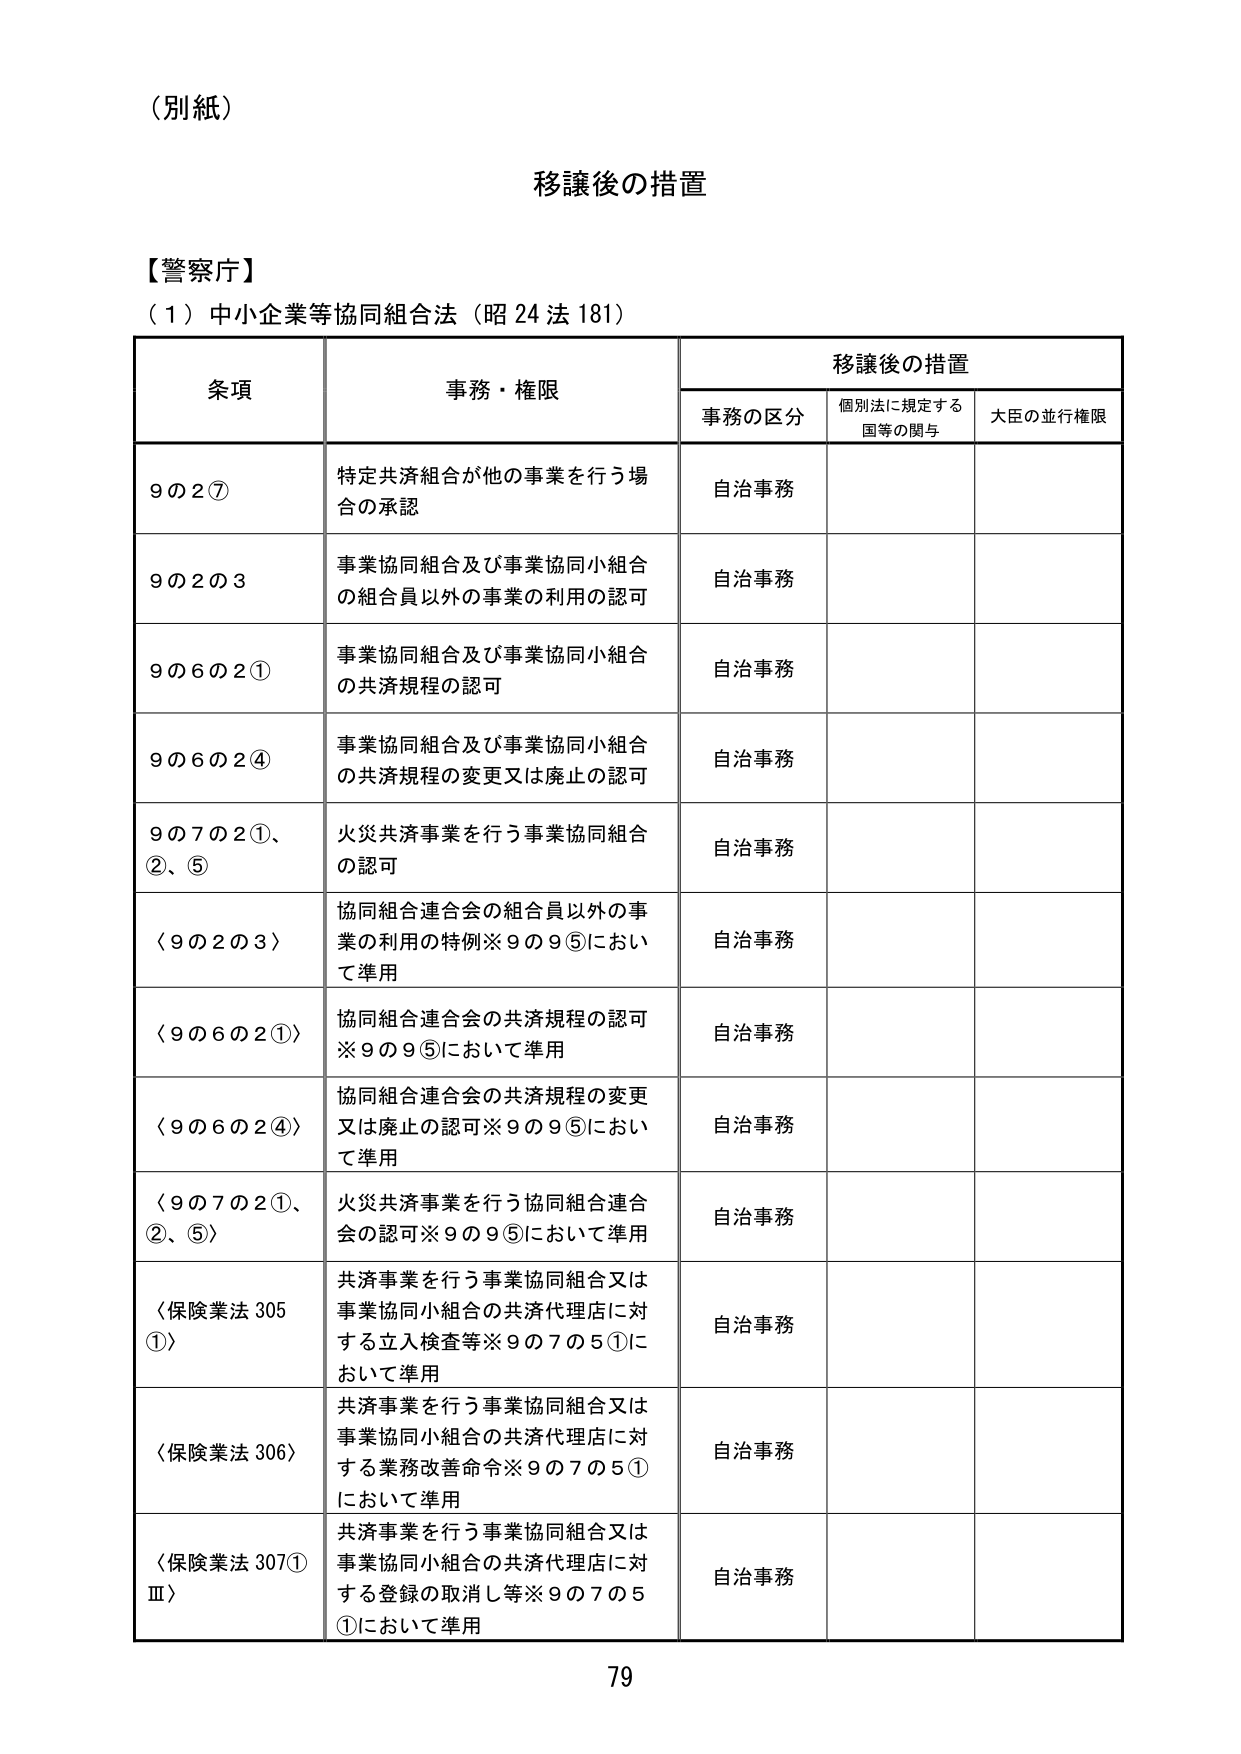
（別紙）

移譲後の措置

【警察庁】

（１）中小企業等協同組合法（昭24法181）

条項　　　　　　　　　　事務・権限　　　　　　　　　　移譲後の措置
　　　　　　　　　　　　　　　　　　　　　　事務の区分　　個別法に規定する国等の関与　　大臣の並行権限

9の2⑦　　　　　　　特定共済組合が他の事業を行う場合の承認　　　　　自治事務

9の2の3　　　　　　　事業協同組合及び事業協同小組合の組合員以外の事業の利用の認可　　　自治事務

9の6の2①　　　　　　事業協同組合及び事業協同小組合の共済規程の認可　　　　　自治事務

9の6の2④　　　　　　事業協同組合及び事業協同小組合の共済規程の変更又は廃止の認可　　　自治事務

9の7の2①、②、⑤　　火災共済事業を行う事業協同組合の認可　　　　　自治事務

〈9の2の3〉　　　　　協同組合連合会の組合員以外の事業の利用の特例※9の9⑤において準用　　　自治事務

〈9の6の2①〉　　　　協同組合連合会の共済規程の認可※9の9⑤において準用　　　自治事務

〈9の6の2④〉　　　　協同組合連合会の共済規程の変更又は廃止の認可※9の9⑤において準用　　　自治事務

〈9の7の2①、②、⑤〉　火災共済事業を行う協同組合連合会の認可※9の9⑤において準用　　　自治事務

〈保険業法305①〉　　共済事業を行う事業協同組合又は事業協同小組合の共済代理店に対する立入検査等※9の7の5①において準用　　　自治事務

〈保険業法306〉　　　共済事業を行う事業協同組合又は事業協同小組合の共済代理店に対する業務改善命令※9の7の5①において準用　　　自治事務

〈保険業法307①Ⅲ〉　共済事業を行う事業協同組合又は事業協同小組合の共済代理店に対する登録の取消し等※9の7の5①において準用　　　自治事務

79